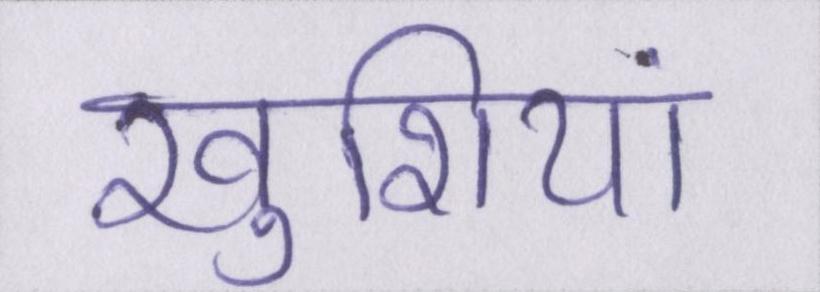
खुशियां